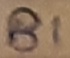
Text: B1